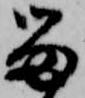
留